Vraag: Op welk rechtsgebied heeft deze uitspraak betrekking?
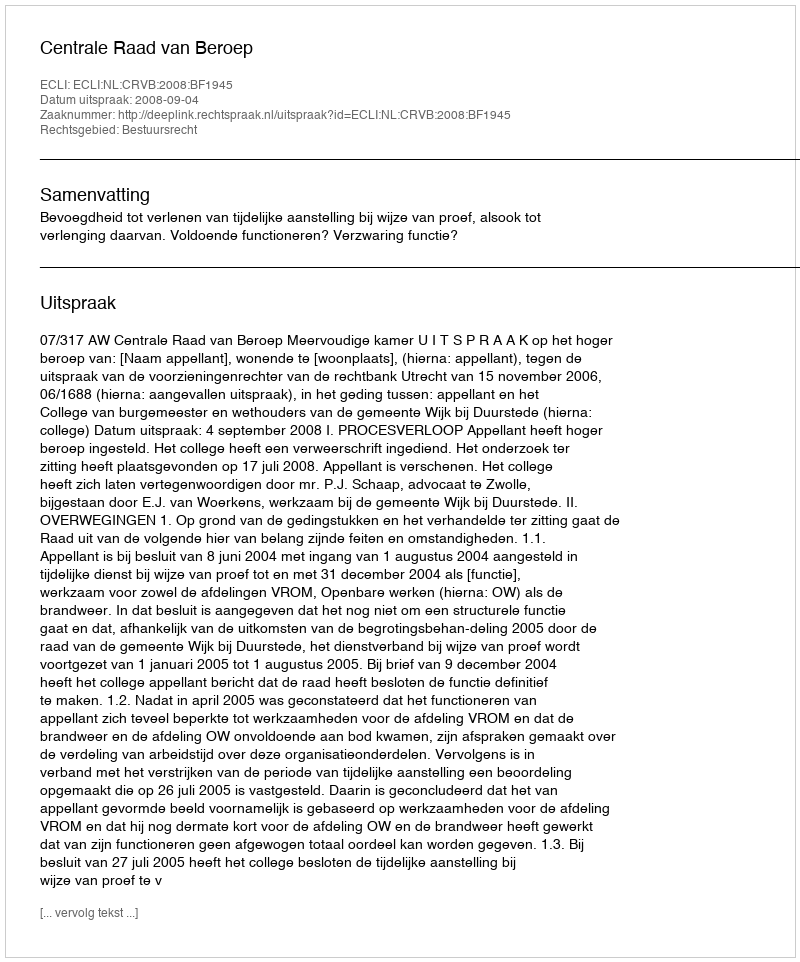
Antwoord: Bestuursrecht